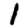
Digit: 1